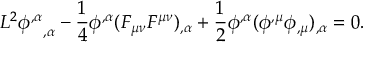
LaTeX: { \cal L } ^ { 2 } { \phi ^ { , \alpha } } _ { , \alpha } - \frac 1 4 \phi ^ { , \alpha } ( F _ { \mu \nu } F ^ { \mu \nu } ) _ { , \alpha } + \frac 1 2 \phi ^ { , \alpha } ( \phi ^ { , \mu } \phi _ { , \mu } ) _ { , \alpha } = 0 .